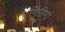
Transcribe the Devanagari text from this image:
गिरीणां